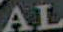
AL